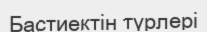
Бастиектін түрлері